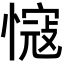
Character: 𢠠